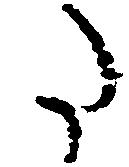
た